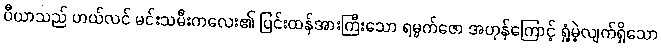
ပီယာသည် ဟယ်လင် မင်းသမီးကလေး၏ ပြင်းထန်အားကြီးသော ရမ္မက်ဇော အဟုန်ကြောင့် ရှုံ့မဲ့လျက်ရှိသော